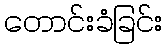
တောင်းခံခြင်း